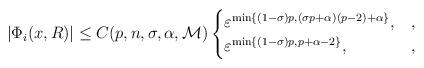
LaTeX: \begin{align*}\left|\Phi_{i}(x,R)\right|\leq C(p,n,\sigma,\alpha,\mathcal{M})\begin{cases}\varepsilon^{\min\{(1-\sigma)p,(\sigma p+\alpha)(p-2)+\alpha\}},&,\\\varepsilon^{\min\{(1-\sigma)p,p+\alpha-2\}},&,\end{cases}\end{align*}